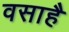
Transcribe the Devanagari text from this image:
वसाहै